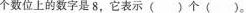
个数位上的数字是8，它表示( )个( )。